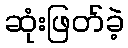
ဆုံးဖြတ်ခဲ့